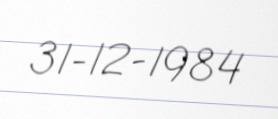
31-12-1984